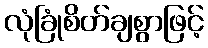
လုံခြုံစိတ်ချစွာဖြင့်